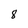
Character: 8